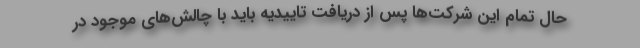
حال تمام این شرکت‌ها پس از دریافت تاییدیه باید با چالش‌های موجود در